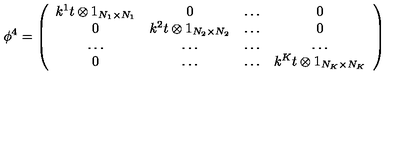
\phi ^ { 4 } = \left( \begin{array} { c c c c } { k ^ { 1 } t \otimes 1 _ { N _ { 1 } \times N _ { 1 } } } & { 0 } & { \dots } & { 0 } \\ { 0 } & { k ^ { 2 } t \otimes 1 _ { N _ { 2 } \times N _ { 2 } } } & { \dots } & { 0 } \\ { \dots } & { \dots } & { \dots } & { \dots } \\ { 0 } & { \dots } & { \dots } & { k ^ { K } t \otimes 1 _ { N _ { K } \times N _ { K } } } \\ \end{array} \right)